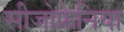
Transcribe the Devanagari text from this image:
सीजोफ्रेनिया